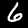
Digit: 6